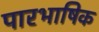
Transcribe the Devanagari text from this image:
पारभाषिक